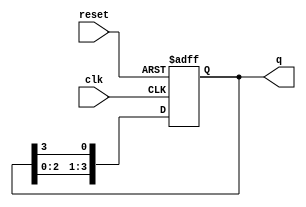
module binary_ring_counter #(
    parameter N = 4  // Number of flip-flops (states)
)(
    input wire clk,      // Clock input
    input wire reset,    // Asynchronous reset input
    output reg [N-1:0] q // Output state
);

// Asynchronous reset and state initialization
always @(posedge clk or posedge reset) begin
    if (reset) begin
        // Initial state: 1000 for a 4-bit counter
        q <= 1'b1 << (N-1); // Set the highest bit to 1, others to 0
    end else begin
        // Shift the '1' through the flip-flops
        q <= {q[N-2:0], q[N-1]}; // Shift left and wrap around
    end
end

endmodule